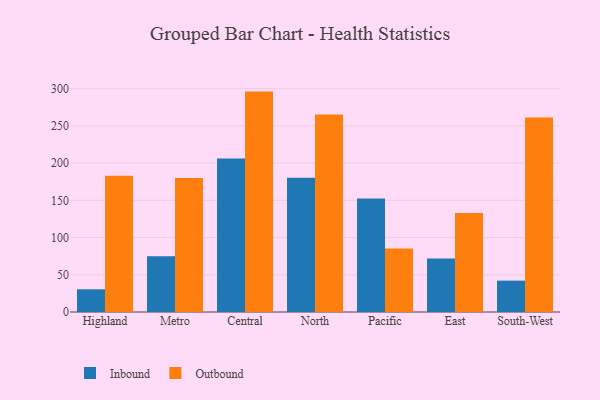
{"axis": {"x": "Region", "y": "Churn Rate (%)"}, "legend": ["Inbound", "Outbound"], "data": [{"x": "Highland", "y": 30.5, "type": "Inbound"}, {"x": "Highland", "y": 182.9, "type": "Outbound"}, {"x": "Metro", "y": 75.0, "type": "Inbound"}, {"x": "Metro", "y": 180.0, "type": "Outbound"}, {"x": "Central", "y": 206.1, "type": "Inbound"}, {"x": "Central", "y": 296.0, "type": "Outbound"}, {"x": "North", "y": 180.4, "type": "Inbound"}, {"x": "North", "y": 265.4, "type": "Outbound"}, {"x": "Pacific", "y": 152.4, "type": "Inbound"}, {"x": "Pacific", "y": 85.4, "type": "Outbound"}, {"x": "East", "y": 71.7, "type": "Inbound"}, {"x": "East", "y": 132.9, "type": "Outbound"}, {"x": "South-West", "y": 42.1, "type": "Inbound"}, {"x": "South-West", "y": 261.2, "type": "Outbound"}]}